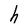
Character: h